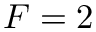
F = 2